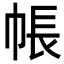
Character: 帳